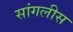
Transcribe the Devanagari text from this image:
सांगलीस